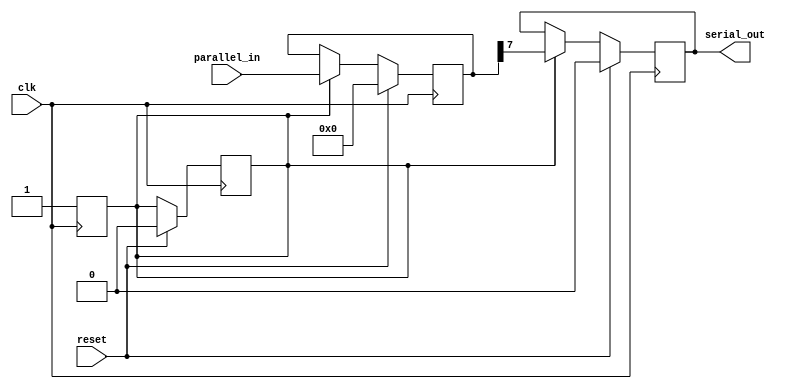
module PISO_shift_register (
    input clk,
    input reset,
    input [N-1:0] parallel_in,
    output serial_out
);

parameter N = 8; // Number of parallel inputs
reg [N-1:0] internal_reg;
reg serial_out_reg;
reg enable;

always @(posedge clk) begin
    if (reset) begin
        internal_reg <= 0;
        serial_out_reg <= 1'b0;
        enable <= 1'b0;
    end else begin
        if (enable) begin
            internal_reg <= {internal_reg[N-2:0], parallel_in};
            serial_out_reg <= internal_reg[N-1];
        end
    end
end

always @(posedge clk) begin
    enable <= 1'b1;
end

assign serial_out = serial_out_reg;

endmodule